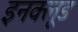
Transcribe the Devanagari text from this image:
इनक्लूड